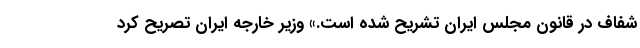
شفاف در قانون مجلس ایران تشریح شده است.» وزیر خارجه ایران تصریح کرد